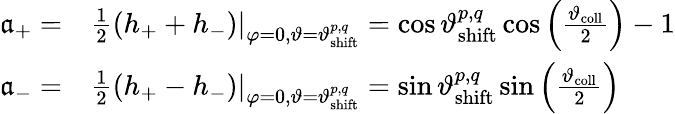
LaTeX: \begin{array}{rl}{\mathfrak{a}_{+}=}&{{}\frac{1}{2}\left.\left(h_{+}+h_{-}\right)\right|_{\varphi=0,\vartheta=\vartheta_{\mathrm{shift}}^{p,q}}=\cos\vartheta_{\mathrm{shift}}^{p,q}\cos\left(\frac{\vartheta_{\mathrm{coll}}}{2}\right)-1}\\ {\mathfrak{a}_{-}=}&{{}\frac{1}{2}\left.\left(h_{+}-h_{-}\right)\right|_{\varphi=0,\vartheta=\vartheta_{\mathrm{shift}}^{p,q}}=\sin\vartheta_{\mathrm{shift}}^{p,q}\sin\left(\frac{\vartheta_{\mathrm{coll}}}{2}\right)}\end{array}